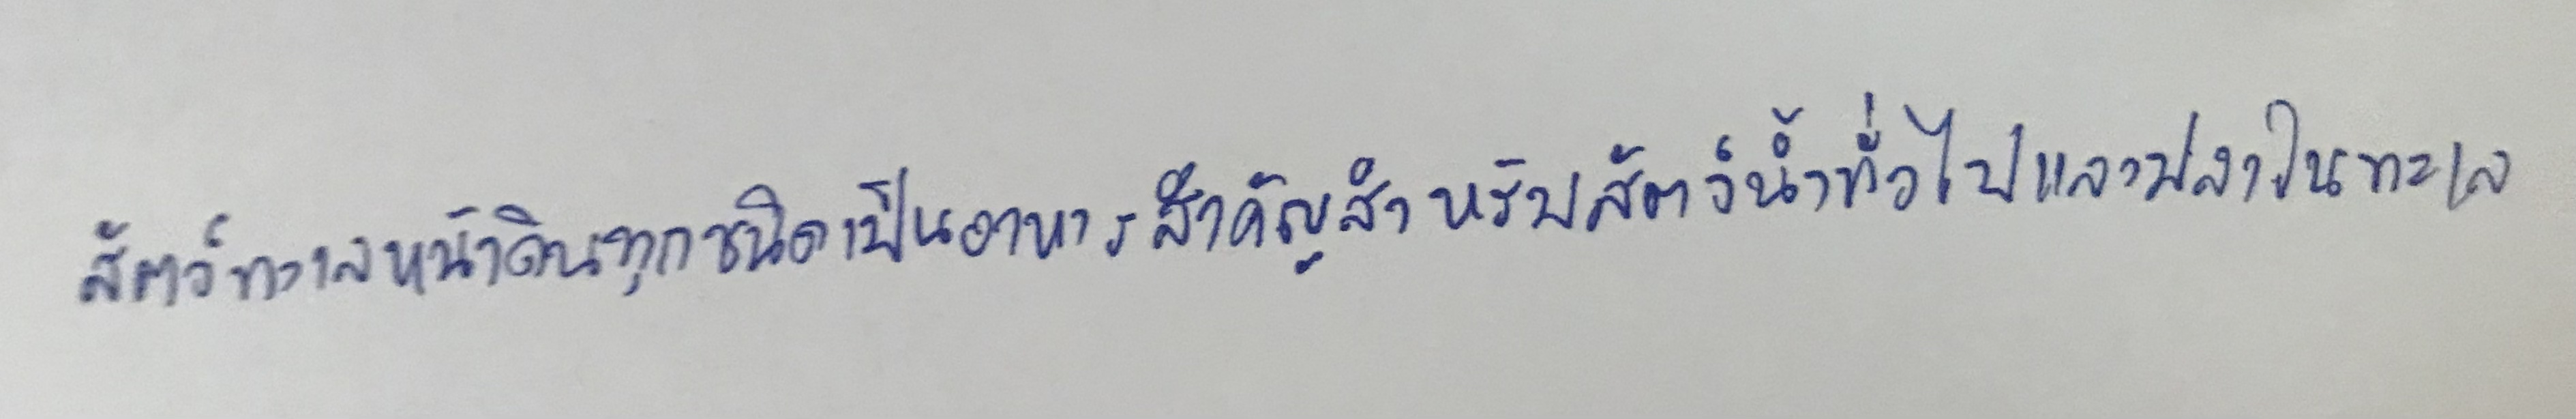
สัตว์ทะเลหน้าดินทุกชนิดเป็นอาหารสำคัญสำหรับสัตว์น้ำทั่วไปและปลาในทะเล